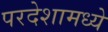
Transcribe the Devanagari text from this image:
परदेशामध्ये